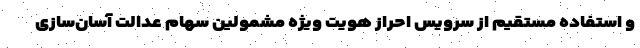
و استفاده مستقیم از سرویس احراز هویت ویژه مشمولین سهام عدالت آسان‌سازی